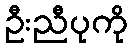
ဦးညီပုကို